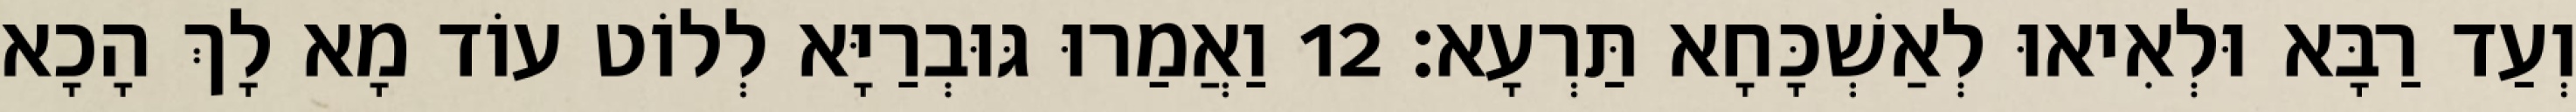
וְעַד רַבָּא וּלְאִיאוּ לְאַשְׁכָּחָא תַּרְעָא׃ 12 וַאֲמַרוּ גּוּבְרַיָּא לְלוֹט עוֹד מָא לָךְ הָכָא